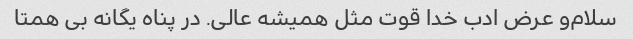
سلام‌و عرض ادب خدا قوت مثل همیشه عالی. در پناه یگانه بی همتا